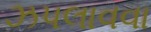
ઝપલાવવા